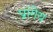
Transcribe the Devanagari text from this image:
प्रांगेय